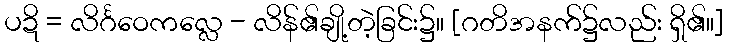
ပဍိ = လိင်္ဂဝေကလ္လေ - လိန်၏ချို့တဲ့ခြင်း၌။ [ဂတိအနက်၌လည်း ရှိ၏။]